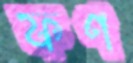
ফণ